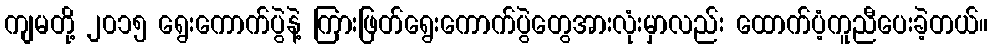
ကျမတို့ ၂၀၁၅ ရွေးကောက်ပွဲနဲ့ ကြားဖြတ်ရွေးကောက်ပွဲတွေအားလုံးမှာလည်း ထောက်ပံ့ကူညီပေးခဲ့တယ်။